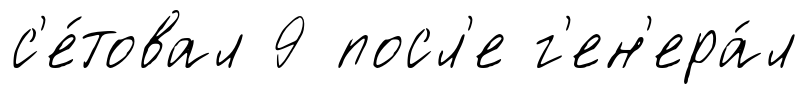
с'е́товал 9 посл'е г'ен'ера́л